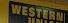
western